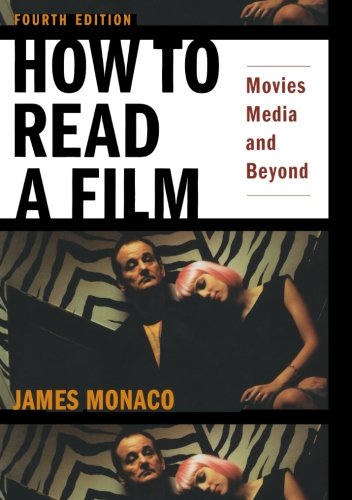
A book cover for How to Read a Film: Movies, Media, and Beyond; James Monaco; Humor & Entertainment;